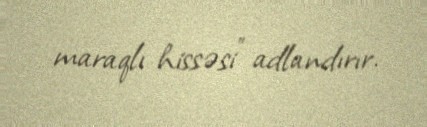
maraqlı hissəsi” adlandırır.